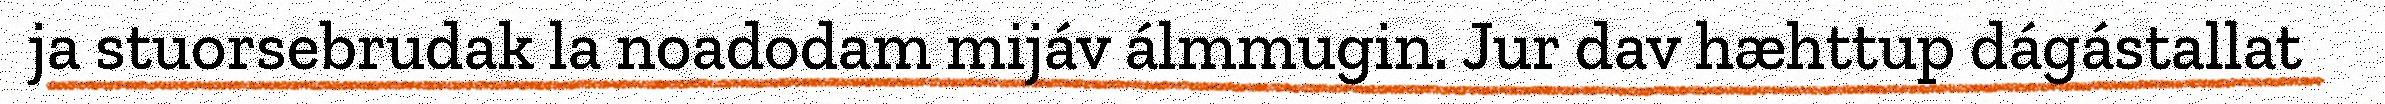
ja stuorsebrudak la noadodam mijáv álmmugin. Jur dav hæhttup dágástallat